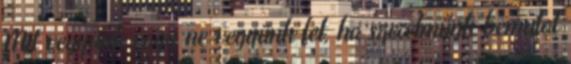
Mit vegyünk vagy ne vegyünk fel, ha szerelmünk bemutat